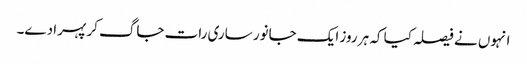
انہوں نے فیصلہ کیا کہ ہر روز ایک جانور ساری رات جاگ کر پہرا دے۔